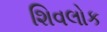
શિવલોક